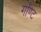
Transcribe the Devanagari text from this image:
गॉण्ट